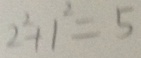
2 ^ { 2 } + 1 ^ { 2 } = 5